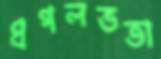
প্রগলভতা